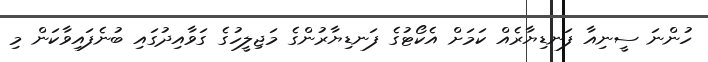
ހުންނަ ސީނިއާ ފަނޑިޔާރެއް ކަމަށް އެކޯޓުގެ ފަނޑިޔާރުންގެ މަޖިލީހުގެ ގަވާއިދުގައި ބުނެފައިވާކަން މި